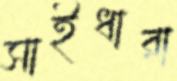
সাইধারা